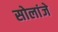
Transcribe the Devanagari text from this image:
सोलांजे